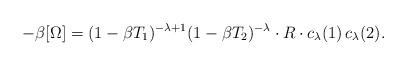
LaTeX: \begin{align*} -\beta[\Omega] &= (1-\beta T_1)^{-\lambda+1} (1-\beta T_2)^{-\lambda} \cdot R \cdot c_{\lambda}(1)\,c_{\lambda}(2).\end{align*}